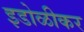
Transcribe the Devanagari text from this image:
इडोळीकर